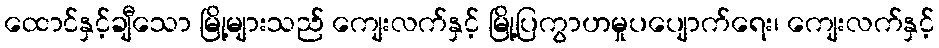
ထောင်နှင့်ချီသော မြို့များသည် ကျေးလက်နှင့် မြို့ပြကွာဟမှုပပျောက်ရေး၊ ကျေးလက်နှင့်